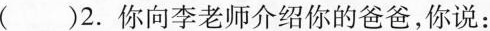
()2.你向李老师介绍你的爸爸，你说：